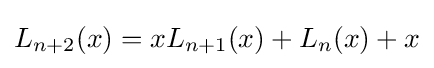
L_{n+2}(x)=xL_{n+1}(x)+L_{n}(x)+x